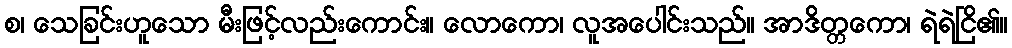
စ၊ သေခြင်းဟူသော မီးဖြင့်လည်းကောင်း။ လောကော၊ လူအပေါင်းသည်။ အာဒိတ္တကော၊ ရဲရဲငြိ၏။